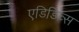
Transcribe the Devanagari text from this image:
एडिडिव्स